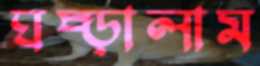
ঘষ্‌ড়ালাম